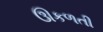
ઊકળતી